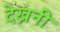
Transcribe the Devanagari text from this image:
देख्ननी